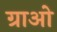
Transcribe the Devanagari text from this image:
ग्राओ